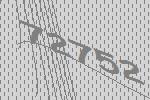
72752